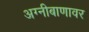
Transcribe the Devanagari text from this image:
अग्नीबाणावर